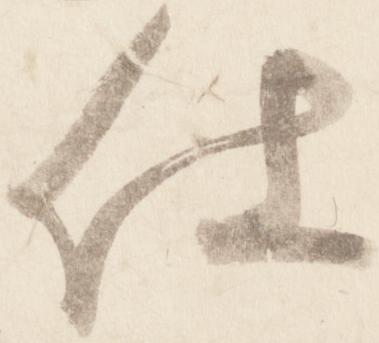
仕